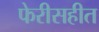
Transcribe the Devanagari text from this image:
फेरीसहीत